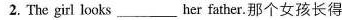
2. The girl looks___her father.那个女孩长得